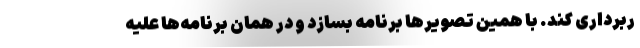
ربرداری کند. با همین تصویرها برنامه بسازد و در همان برنامه‌ها علیه